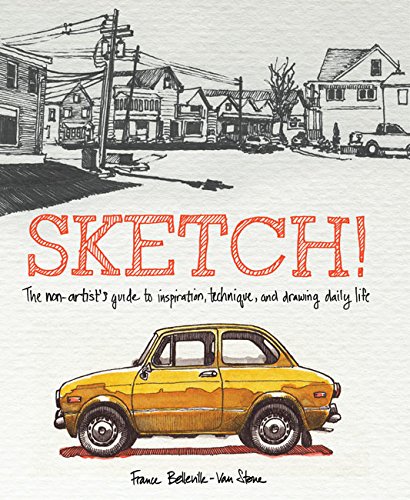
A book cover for Sketch!: The Non-Artist's Guide to Inspiration, Technique, and Drawing Daily Life; France Belleville-Van Stone; Arts & Photography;